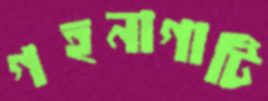
গহনাগাটি